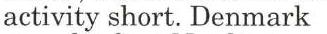
activity short. Denmark